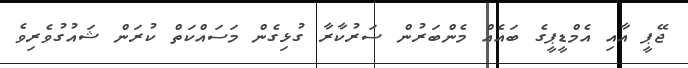
ޖޭޕީ އާއި އެމްޑީޕީގެ ބައެއް މެންބަރުން ސަރުކާރާ ގުޅިގެން މަސައްކަތް ކުރަން ޝައުގުވެރިވެ